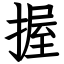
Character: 握